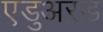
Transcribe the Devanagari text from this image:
एडुअरड